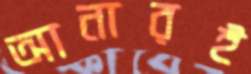
আনারই